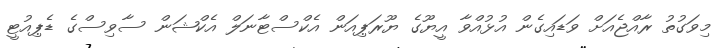
މިވަގުތު ރާއްޖެއަށް ވަޑައިގެން އުޅުއްވާ އީޔޫގެ ޔޫރަޕިއަން އެކްސްޓާނަލް އެކްޝަން ސާވިސްގެ ޑެޕިއުޓީ